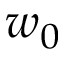
w _ { 0 }